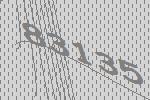
83135